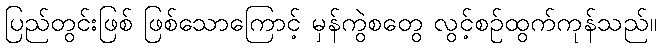
ပြည်တွင်းဖြစ် ဖြစ်သောကြောင့် မှန်ကွဲစတွေ လွင့်စဉ်ထွက်ကုန်သည်။